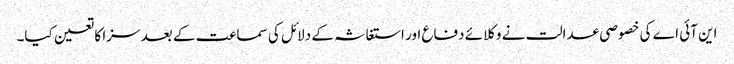
این آئی اے کی خصوصی عدالت نے وکلائے دفاع اور استغاثہ کے دلائل کی سماعت کے بعد سزا کا تعین کیا۔